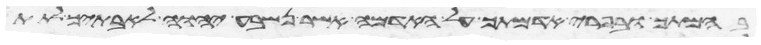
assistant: בהמתך ובפרי אדמתך על האדמה אשר נשבע יהוה לאבתיך לתת